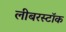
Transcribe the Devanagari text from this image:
लीबरस्टॉक